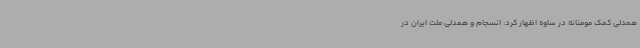
همدلی کمک مومنانه در ساوه اظهار کرد: انسجام و همدلی ملت ایران در